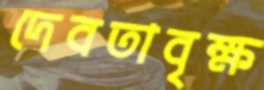
দেবতাবৃক্ষ